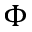
\Phi